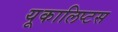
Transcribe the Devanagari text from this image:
यूकालिप्टस